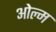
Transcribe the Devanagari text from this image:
ओल्म